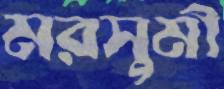
মরসুমী